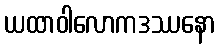
ယထာဝါလောကဒဿနော